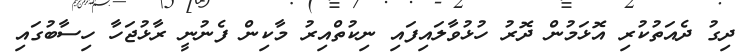
ދިގު ދެއަތުކުރި އޮޅަމުން ދޮރު ހުޅުވާލައިފައި ނިކުތްއިރު މާކިން ފެނުނީ ރާޅުޖަހާ ހިސާބުގައި